Civil Veterinary Department. Central Provinces & Berar 1932-41 - 1932-1941
Year: 1932
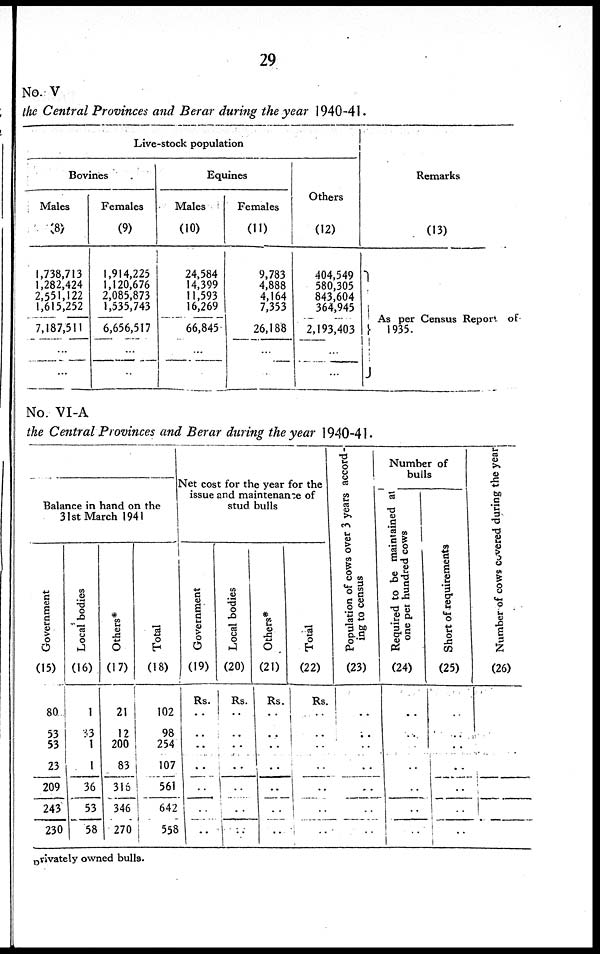
29
No. V
the Central Provinces and Berar during the year 1940-41
Live-stock population
Bovines
Males
(8)
1,738,713
1,282,424
2,551,122
1,615,252
7,187,511
Females
(9)
1,914,225
1,120,676
2,085,873
1,535,743
6,656,517
Equines
Males
(10)
24.584
14.399
11,593
16,269
66,845
Females
(11)
9,783
4,888
4,164
7.353
26,188
Others
(12)
404.549
580.305
843.604
364.945
2,193,403
Remarks
(13)
As per
1935
Census Report of
No VI-A
the Central Provinces and Berar during the year 1940-41.
Balance in hand on the
31st March 1941
Government
(15)
80
53
53
23
209
243
230
Local bodies
(16)
1
53
1
1
36
53
58
Others*
(17)
21
12
200
83
316
346
270
Total
(18)
102
98
254
107
561
642
558
Net cost tor the year for the
issue and maintenance of
stud bulls
Government
(19)
Rs.
..
..
..
..
..
..
..
Local bodies
(20)
Rs.
..
..
..
..
..
..
..
Others*
(21)
Rs.
..
..
..
..
..
..
..
Total
(22)
Rs.
..
..
..
..
..
..
..
Population of cows over 3 years accord
ing to census
(23)
..
..
..
..
..
..
..
Number of
bulls
Required to be maintained at
one pet hundred cows
(24)
..
..
..
..
..
..
..
Short of requirements
(25)
..
..
..
..
..
..
..
Number of cows covered during the year
(26)
Privately owned bulls.